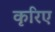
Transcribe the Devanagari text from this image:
कृरिए